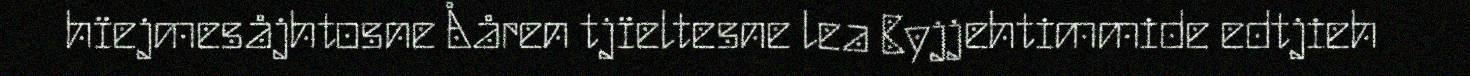
hïejmesåjhtosne Ååren tjïeltesne lea Byjjehtimmide edtjieh